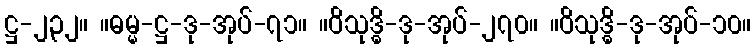
ဋ္ဌ-၂၃၂။ ။ဓမ္မ-ဋ္ဌ-ဒု-အုပ်-၇၁။ ။ဝိသုဒ္ဓိ-ဒု-အုပ်-၂၇၀။ ။ဝိသုဒ္ဓိ-ဒု-အုပ်-၁၀။